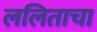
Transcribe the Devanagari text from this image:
ललिताचा